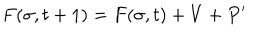
F ( \sigma , t + 1 ) = F ( \sigma , t ) + V + P ^ { \prime }